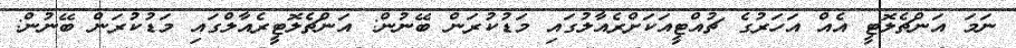
ނަމަ އަންޗެލޮޓީ އެއް އަހަރުގެ ޗުއްޓީއަކަށްރެއާލުގައި މަޑުކުރަން ބޭނުން: އަންޗެލޮޓީރެއާލްގައި މަޑުކުރަން ބޭނުން: